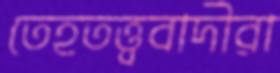
তেহতত্ত্ববাদীরা